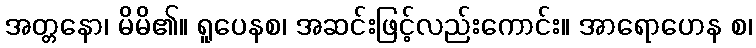
အတ္တနော၊ မိမိ၏။ ရူပေနစ၊ အဆင်းဖြင့်လည်းကောင်း။ အာရောဟေန စ၊